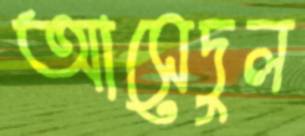
আসেদুল